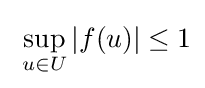
\;\sup _{u\in U}|f(u)|\leq 1